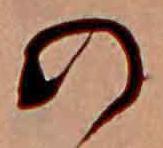
の